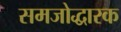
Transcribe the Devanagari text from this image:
समजोद्धारक